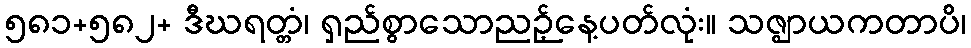
၅၈၁+၅၈၂+ ဒီဃရတ္တံ၊ ရှည်စွာသောညဉ့်နေ့ပတ်လုံး။ သဇ္ဈာယကတာပိ၊